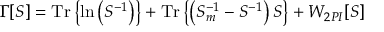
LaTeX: \Gamma [ S ] = \mathrm { T r } \left\{ \ln \left( S ^ { - 1 } \right) \right\} + \mathrm { T r } \left\{ \left( S _ { m } ^ { - 1 } - S ^ { - 1 } \right) S \right\} + W _ { 2 P I } [ S ]